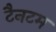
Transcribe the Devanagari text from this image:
टैनटम